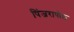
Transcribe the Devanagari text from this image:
पिंजरापोल